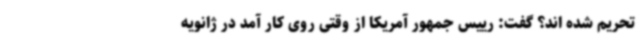
تحریم شده اند؟ گفت: رییس جمهور آمریکا از وقتی روی کار آمد در ژانویه